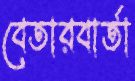
বেতারবার্তা